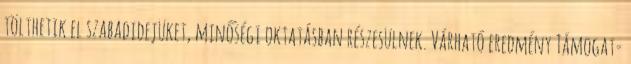
tölthetik el szabadidejüket, minőségi oktatásban részesülnek. Várható eredmény Támogat-